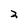
Character: 2